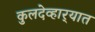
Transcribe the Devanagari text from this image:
कुलदेव्हार्‍यात